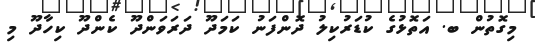
މިގޮތުން ބ. އަތޮޅުގެ ކުޑަރުކިލު ދޮންފަނު ކަމަދޫ ދަރަވަންދޫ ކެންދޫ ކިހާދޫ މި